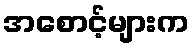
အစောင့်များက